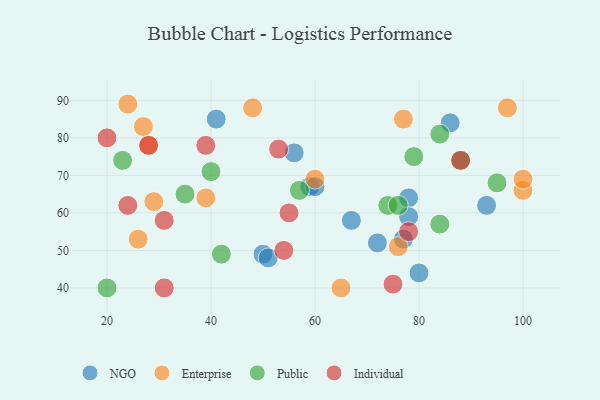
{"axis": {"x": "GDP", "y": "Life Expectancy"}, "legend": ["Enterprise", "Individual", "NGO", "Public"], "data": [{"x": "78", "y": 64, "type": "NGO"}, {"x": "59", "y": 67, "type": "NGO"}, {"x": "67", "y": 58, "type": "NGO"}, {"x": "86", "y": 84, "type": "NGO"}, {"x": "78", "y": 59, "type": "NGO"}, {"x": "60", "y": 67, "type": "NGO"}, {"x": "80", "y": 44, "type": "NGO"}, {"x": "72", "y": 52, "type": "NGO"}, {"x": "41", "y": 85, "type": "NGO"}, {"x": "50", "y": 49, "type": "NGO"}, {"x": "77", "y": 53, "type": "NGO"}, {"x": "51", "y": 48, "type": "NGO"}, {"x": "56", "y": 76, "type": "NGO"}, {"x": "93", "y": 62, "type": "NGO"}, {"x": "100", "y": 66, "type": "Enterprise"}, {"x": "60", "y": 69, "type": "Enterprise"}, {"x": "27", "y": 83, "type": "Enterprise"}, {"x": "100", "y": 69, "type": "Enterprise"}, {"x": "65", "y": 40, "type": "Enterprise"}, {"x": "26", "y": 53, "type": "Enterprise"}, {"x": "24", "y": 89, "type": "Enterprise"}, {"x": "76", "y": 51, "type": "Enterprise"}, {"x": "29", "y": 63, "type": "Enterprise"}, {"x": "28", "y": 78, "type": "Enterprise"}, {"x": "39", "y": 64, "type": "Enterprise"}, {"x": "77", "y": 85, "type": "Enterprise"}, {"x": "97", "y": 88, "type": "Enterprise"}, {"x": "48", "y": 88, "type": "Enterprise"}, {"x": "84", "y": 57, "type": "Public"}, {"x": "23", "y": 74, "type": "Public"}, {"x": "40", "y": 71, "type": "Public"}, {"x": "57", "y": 66, "type": "Public"}, {"x": "35", "y": 65, "type": "Public"}, {"x": "79", "y": 75, "type": "Public"}, {"x": "95", "y": 68, "type": "Public"}, {"x": "84", "y": 81, "type": "Public"}, {"x": "20", "y": 40, "type": "Public"}, {"x": "74", "y": 62, "type": "Public"}, {"x": "76", "y": 62, "type": "Public"}, {"x": "42", "y": 49, "type": "Public"}, {"x": "88", "y": 74, "type": "Public"}, {"x": "78", "y": 55, "type": "Individual"}, {"x": "28", "y": 78, "type": "Individual"}, {"x": "20", "y": 80, "type": "Individual"}, {"x": "53", "y": 77, "type": "Individual"}, {"x": "31", "y": 58, "type": "Individual"}, {"x": "24", "y": 62, "type": "Individual"}, {"x": "55", "y": 60, "type": "Individual"}, {"x": "39", "y": 78, "type": "Individual"}, {"x": "88", "y": 74, "type": "Individual"}, {"x": "75", "y": 41, "type": "Individual"}, {"x": "54", "y": 50, "type": "Individual"}, {"x": "31", "y": 40, "type": "Individual"}]}